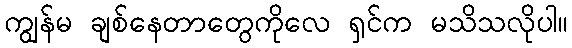
ကျွန်မ ချစ်နေတာတွေကိုလေ ရှင်က မသိသလိုပါ။